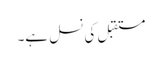
مستقبل کی نسل ہے۔